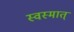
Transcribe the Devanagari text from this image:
स्वस्मात्